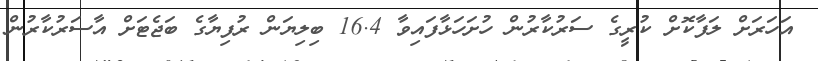
އަހަރަށް ލަފާކޮށް ކުރީގެ ސަރުކާރުން ހުށަހަޅާފައިވާ 16.4 ބިލިޔަން ރުފިޔާގެ ބަޖެޓަށް އާސަރުކާރުން